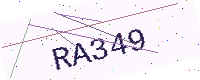
Text: RA349